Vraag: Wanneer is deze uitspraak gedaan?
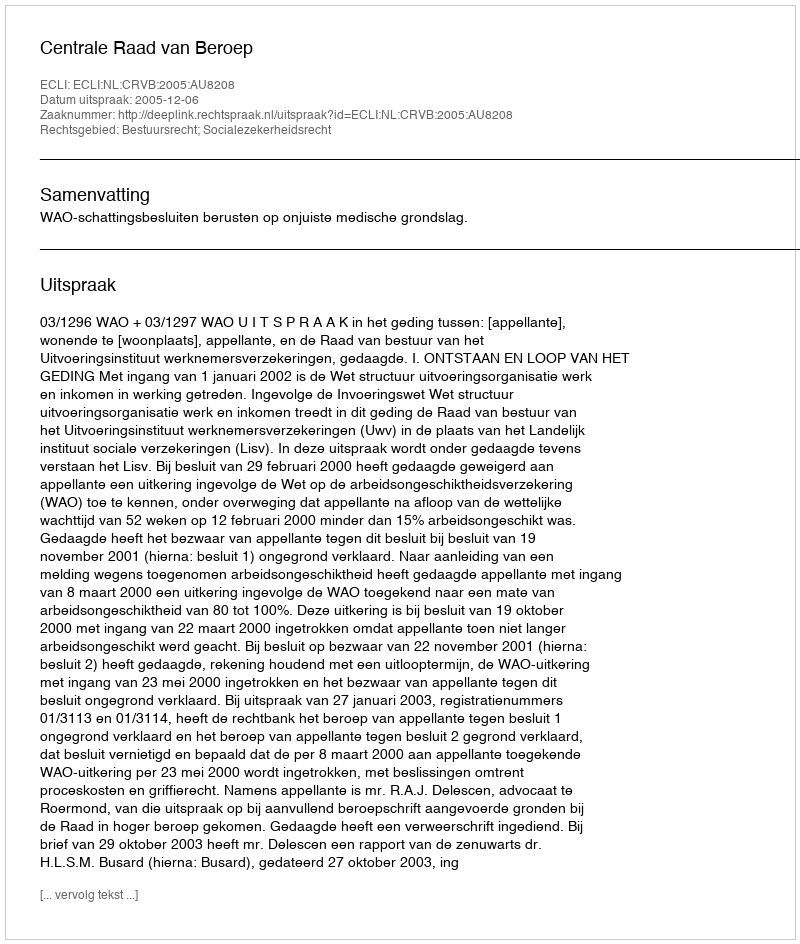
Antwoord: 2005-12-06